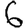
Digit: 6